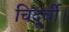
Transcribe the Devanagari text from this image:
चिदूर्वी।